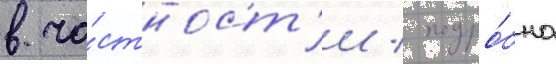
в ча́стност'и / подро́бно